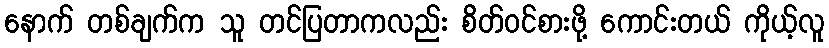
နောက် တစ်ချက်က သူ တင်ပြတာကလည်း စိတ်ဝင်စားဖို့ ကောင်းတယ် ကိုယ့်လူ